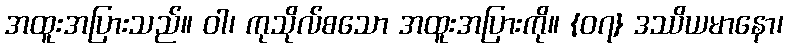
အထူးအပြားသည်။ ဝါ၊ ကုသိုလ်စသော အထူးအပြားကို။ {၀၇} ဒဿိယမာနော၊